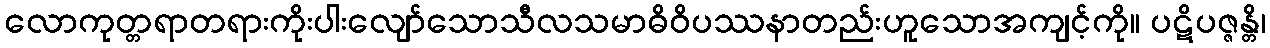
လောကုတ္တရာတရားကိုးပါးလျော်သောသီလသမာဓိဝိပဿနာတည်းဟူသောအကျင့်ကို။ ပဋိပဇ္ဇန္တိ၊